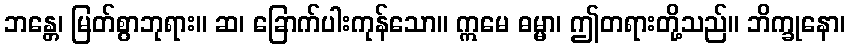
ဘန္တေ၊ မြတ်စွာဘုရား။ ဆ၊ ခြောက်ပါးကုန်သော။ ဣမေ ဓမ္မာ၊ ဤတရားတို့သည်။ ဘိက္ခုနော၊